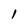
Character: i